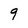
Character: 9